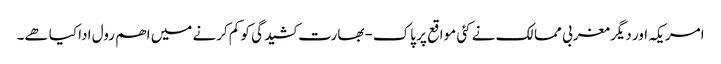
امریکہ اور دیگر مغربی ممالک نے کئی مواقع پر پاک-بھارت کشیدگی کو کم کرنے میں اھم رول ادا کیا ھے۔